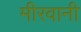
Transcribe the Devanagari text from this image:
मीरवानी